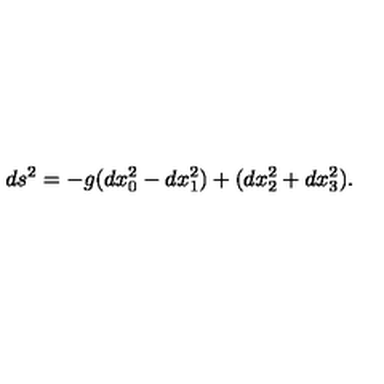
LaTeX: d s ^ { 2 } = - g ( d x _ { 0 } ^ { 2 } - d x _ { 1 } ^ { 2 } ) + ( d x _ { 2 } ^ { 2 } + d x _ { 3 } ^ { 2 } ) .